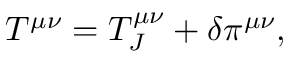
T ^ { \mu \nu } = T _ { J } ^ { \mu \nu } + \delta \pi ^ { \mu \nu } ,